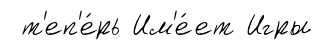
т'еп'е́рь Им'е́ет Игры